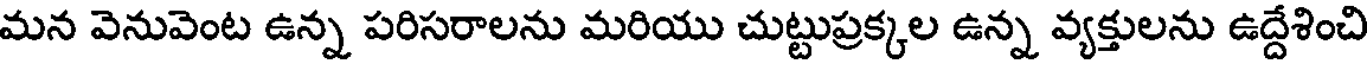
మన వెనువెంట ఉన్న పరిసరాలను మరియు చుట్టుప్రక్కల ఉన్న వ్యక్తులను ఉద్దేశించి